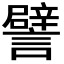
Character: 譬